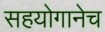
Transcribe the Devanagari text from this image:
सहयोगानेच